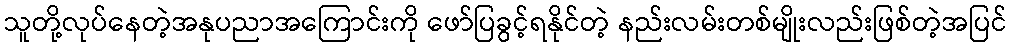
သူတို့လုပ်နေတဲ့အနုပညာအကြောင်းကို ဖော်ပြခွင့်ရနိုင်တဲ့ နည်းလမ်းတစ်မျိုးလည်းဖြစ်တဲ့အပြင်